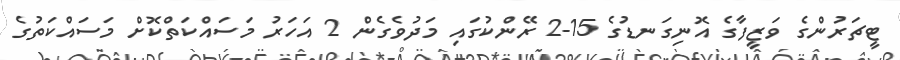
ޓީޗަރުންގެ ވަޒީފާގެ އޮނިގަނޑުގެ 15-2 ރޭންކުގައި މަދުވެގެން 2 އަހަރު މަސައްކަތްކޮށް މަސައްކަތުގެ